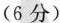
(6分)